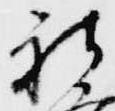
新